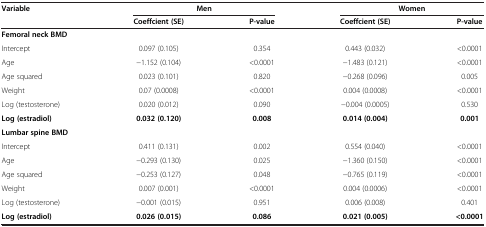
<table><thead><tr><td rowspan="2"><b>Variable</b></td><td colspan="2"><b>Men</b></td><td colspan="2"><b>Women</b></td></tr><tr><td><b>Coeffcient (SE)</b></td><td><b>P-value</b></td><td><b>Coeffcient (SE)</b></td><td><b>P-value</b></td></tr></thead><tbody><tr><td><b>Femoral neck BMD</b></td><td> </td><td> </td><td> </td><td> </td></tr><tr><td>Intercept</td><td>0.097 (0.105)</td><td>0.354</td><td>0.443 (0.032)</td><td>&lt;0.0001</td></tr><tr><td>Age</td><td>-1.152 (0.104)</td><td>&lt;0.0001</td><td>-1.483 (0.121)</td><td>&lt;0.0001</td></tr><tr><td>Age squared</td><td>0.023 (0.101)</td><td>0.820</td><td>-0.268 (0.096)</td><td>0.005</td></tr><tr><td>Weight</td><td>0.07 (0.0008)</td><td>&lt;0.0001</td><td>0.004 (0.0008)</td><td>&lt;0.0001</td></tr><tr><td>Log (testosterone)</td><td>0.020 (0.012)</td><td>0.090</td><td>-0.004 (0.0005)</td><td>0.530</td></tr><tr><td><b>Log (estradiol)</b></td><td><b>0.032 (0.120)</b></td><td><b>0.008</b></td><td><b>0.014 (0.004)</b></td><td><b>0.001</b></td></tr><tr><td><b>Lumbar spine BMD</b></td><td> </td><td> </td><td> </td><td> </td></tr><tr><td>Intercept</td><td>0.411 (0.131)</td><td>0.002</td><td>0.554 (0.040)</td><td>&lt;0.0001</td></tr><tr><td>Age</td><td>-0.293 (0.130)</td><td>0.025</td><td>-1.360 (0.150)</td><td>&lt;0.0001</td></tr><tr><td>Age squared</td><td>-0.253 (0.127)</td><td>0.048</td><td>-0.765 (0.119)</td><td>&lt;0.0001</td></tr><tr><td>Weight</td><td>0.007 (0.001)</td><td>&lt;0.0001</td><td>0.004 (0.0006)</td><td>&lt;0.0001</td></tr><tr><td>Log (testosterone)</td><td>-0.001 (0.015)</td><td>0.951</td><td>0.006 (0.008)</td><td>0.401</td></tr><tr><td><b>Log (estradiol)</b></td><td><b>0.026 (0.015)</b></td><td><b>0.086</b></td><td><b>0.021 (0.005)</b></td><td><b>&lt;0.0001</b></td></tr></tbody></table>